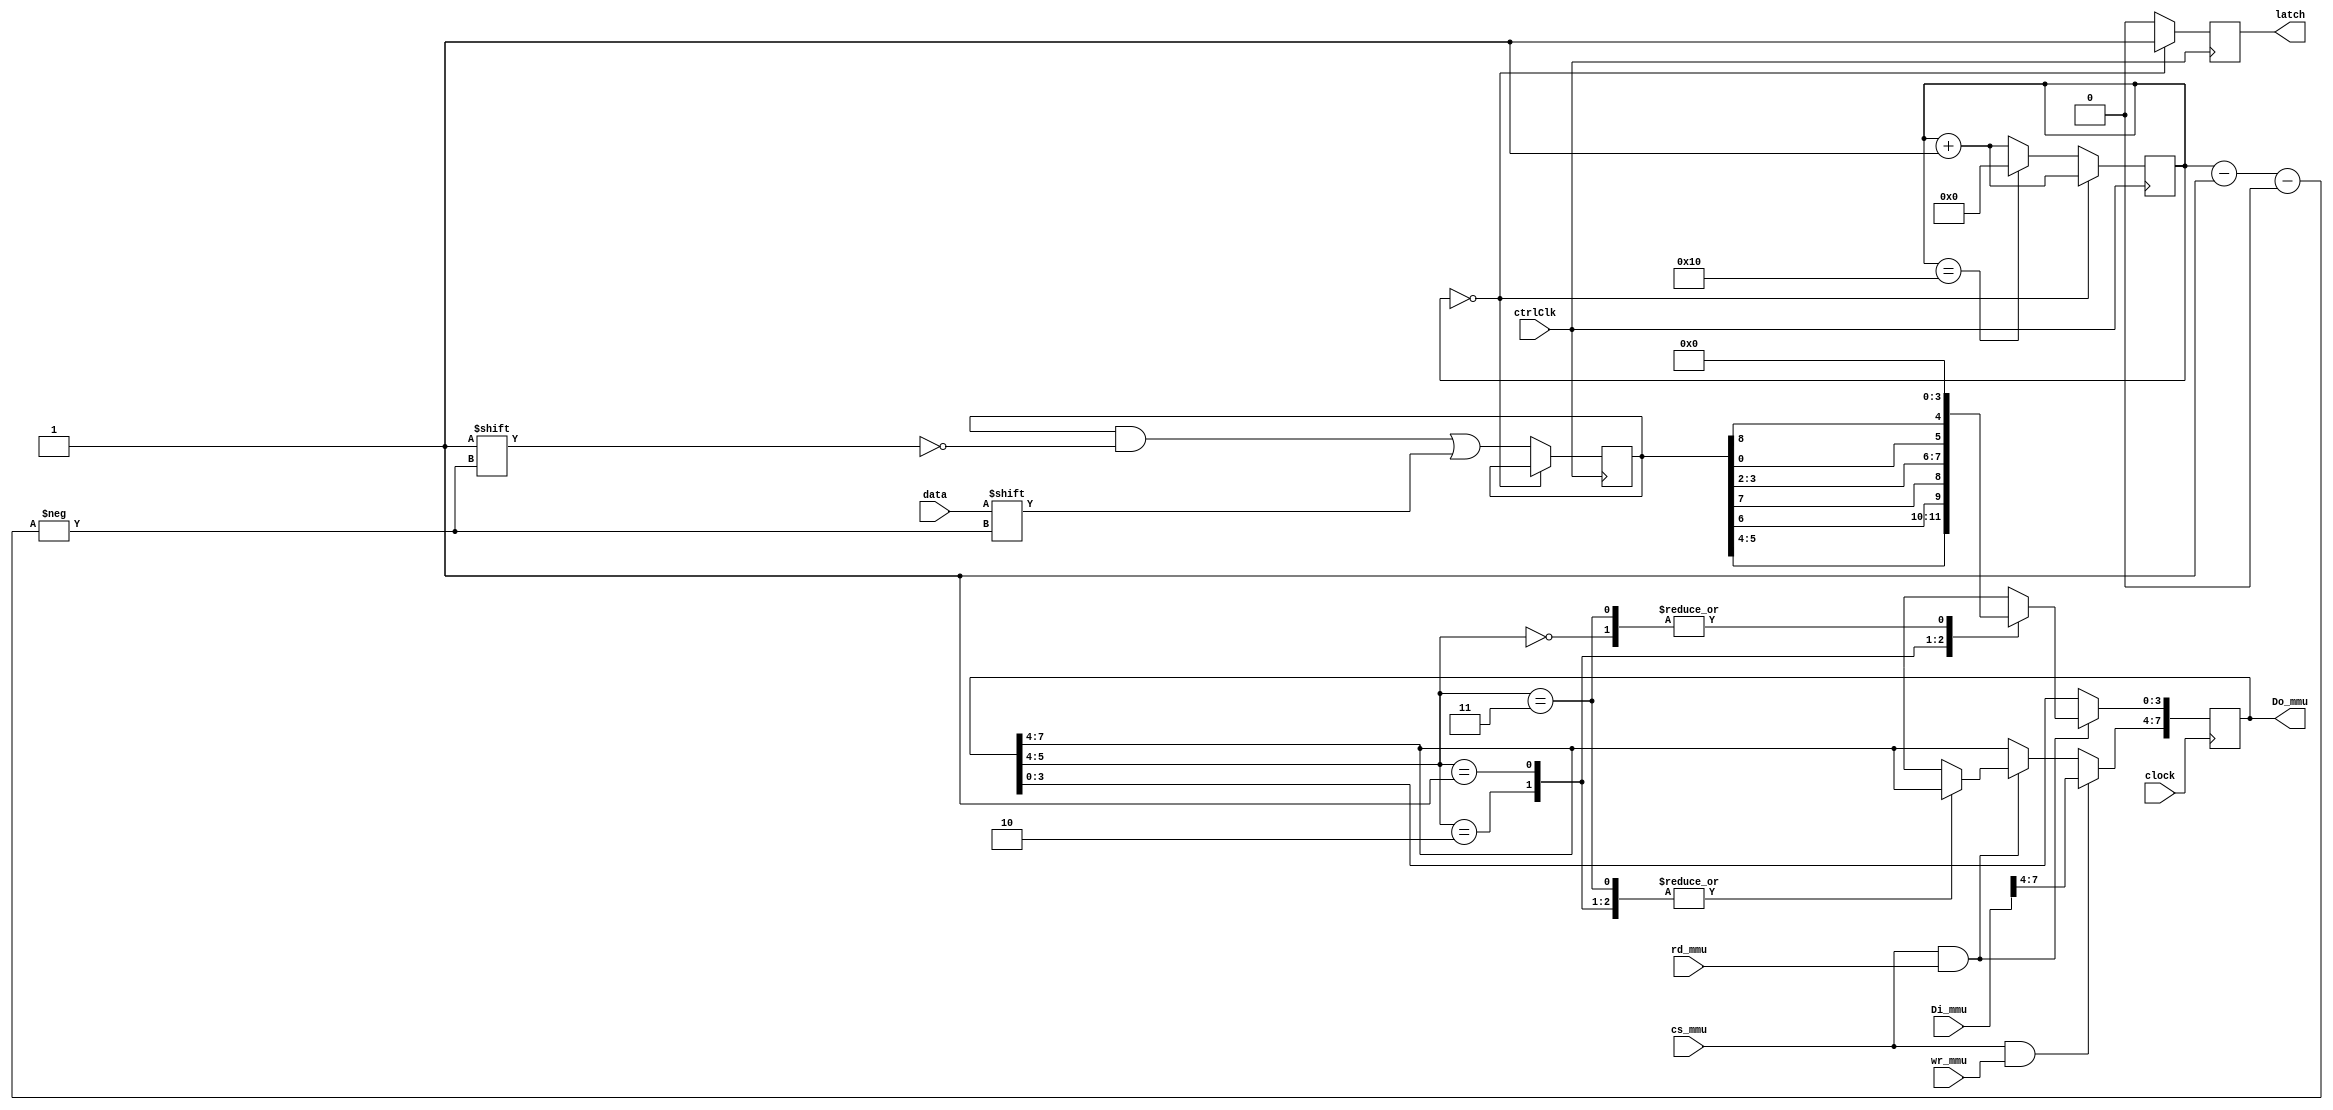
module controllerManager(

input clock,


input [7:0] Di_mmu,
input wr_mmu,
input rd_mmu,
input cs_mmu,
output reg [7:0] Do_mmu,

input ctrlClk,
input data,
output reg latch = 1'b0

);

reg [15:0] buttonsState = 16'b0;
reg [4:0] count = 4'b0;

always @(negedge ctrlClk)
	begin
	
		if (count == 0) begin
			
			latch <= 1'b1;
			count <= count + 1'b1;
				
		end
		else begin
		
			latch <= 1'b0;
			buttonsState[count - 1'b1] <= data;
			
			if (count == 16) 
				count <= 5'b0;
			else
				count <= count + 1'b1;
		
		end
	end


always @(posedge clock) begin
   if(cs_mmu && rd_mmu) begin
         case(Do_mmu[5:4])
            2'b00:   Do_mmu <= {Do_mmu[7:4], 4'b0};
            2'b10:   Do_mmu <= {Do_mmu[7:4], buttonsState[5], buttonsState[4], buttonsState[6], buttonsState[7]};
            2'b01:   Do_mmu <= {Do_mmu[7:4], buttonsState[3], buttonsState[2], buttonsState[0], buttonsState[8]};
            2'b11:   Do_mmu <= {Do_mmu[7:4], 4'b0};
         endcase
      end
   if(cs_mmu && wr_mmu) 
      Do_mmu[7:4] <= Di_mmu[7:4];
   
   end

endmodule